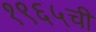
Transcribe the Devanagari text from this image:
१९६५ची